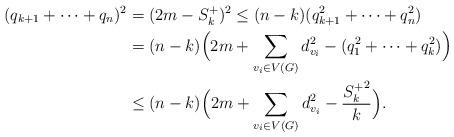
LaTeX: \begin{align*}(q_{k+1}+\dots+q_n)^2 &= (2m-S^+_k)^2 \leq (n-k)(q^2_{k+1}+\dots+q^2_n)\\&= (n-k)\Big(2m+\displaystyle\sum_{v_i\in V(G)}d^2_{v_i}-(q^2_1+\dots+q^2_k)\Big)\\&\leq (n-k)\Big(2m+\displaystyle\sum_{v_i\in V(G)}d^2_{v_i}-\frac{{S^+_k}^2}{k}\Big).\end{align*}